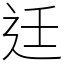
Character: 𨑳